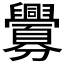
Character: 𮍲